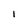
Character: I